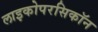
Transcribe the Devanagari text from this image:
लाइकोपरसिकॉन